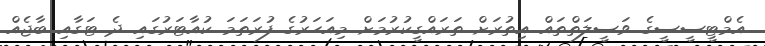
އެމްޓީސީސީގެ ވަސީލަތްތައް އިތުރަށް ތަރައްގީކުރުމަށް މިއަހަރުގެ ފުރަތަމަ ކުއާޓަރުގައި ދެ ޓަގާއި ބާޖެއް